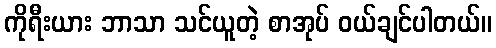
ကိုရီးယား ဘာသာ သင်ယူတဲ့ စာအုပ် ဝယ်ချင်ပါတယ်။